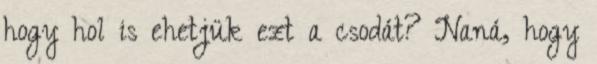
hogy hol is ehetjük ezt a csodát? Naná, hogy